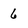
Character: 6